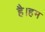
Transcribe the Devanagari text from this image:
है।हम